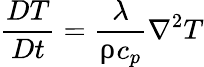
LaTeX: \frac{DT}{Dt}=\frac{\lambda}{\uprho c_{p}}\nabla^{2}T